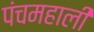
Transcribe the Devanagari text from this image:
पंचमहाली